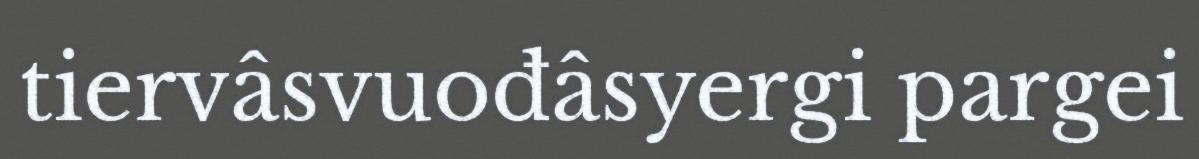
tiervâsvuođâsyergi pargei